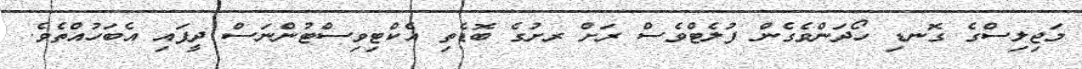
މަޖިލިސްގެ ގޮނޑި ހޯދަންވެގެން ފުލެޓްވެސް ރަށް ރށުގެ ބޮޑެތި އެކްޓިވިސްޓުންނަސް ދީފައި އެބަހުއްތެވެ.